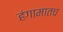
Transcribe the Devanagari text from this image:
हंगामातच